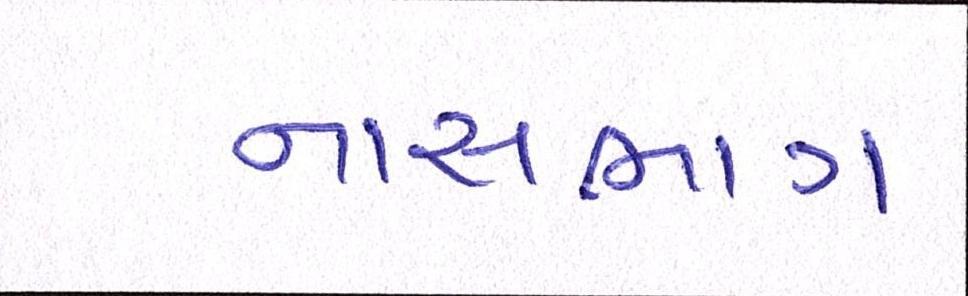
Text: નાસભાગ